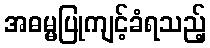
အဓမ္မပြုကျင့်ခံရသည့်